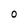
Character: O